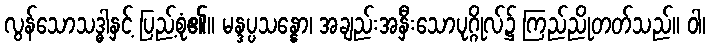
လွန်သောသဒ္ဓါနှင့် ပြည့်စုံ၏။ မန္ဒပ္ပသန္နော၊ အချည်းအနှီးသောပုဂ္ဂိုလ်၌ ကြည်ညိုတတ်သည်။ ဝါ၊